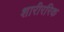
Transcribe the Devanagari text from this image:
शारीररिक